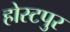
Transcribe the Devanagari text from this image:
होस्टपुर